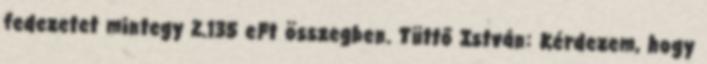
fedezetet mintegy 2.135 eFt összegben. Tüttő István: Kérdezem, hogy